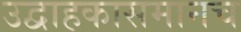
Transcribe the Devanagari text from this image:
उद्वाहकासमानच